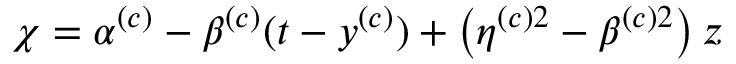
\chi = \alpha ^ { ( c ) } - \beta ^ { ( c ) } ( t - y ^ { ( c ) } ) + \left( \eta ^ { ( c ) 2 } - \beta ^ { ( c ) 2 } \right) z